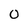
Character: o